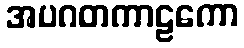
အပဂတကာဠကော